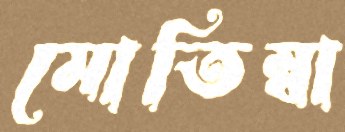
মোতিম্বা